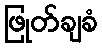
ဖြုတ်ချခံ